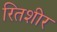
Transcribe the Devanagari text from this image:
रितशीर